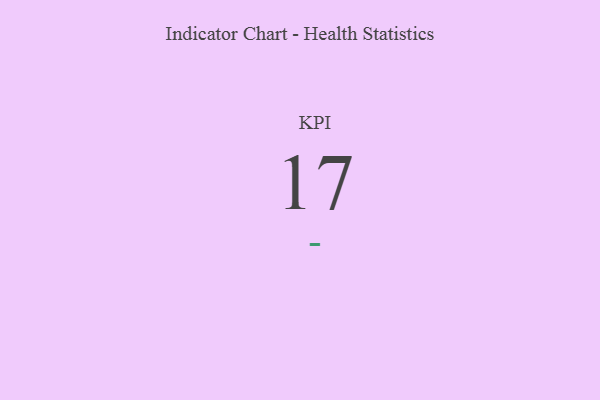
{"axis": {"x": "KPI", "y": "Value"}, "legend": [""], "data": [{"x": "KPI", "y": 17, "type": ""}]}